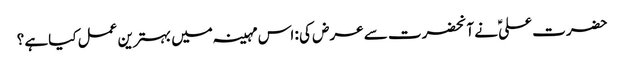
حضرت علیؑ نے آنحضرت سے عرض کی : اس مہینہ میں بہترین عمل کیاہے ؟